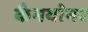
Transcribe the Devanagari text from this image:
कैनयोनर